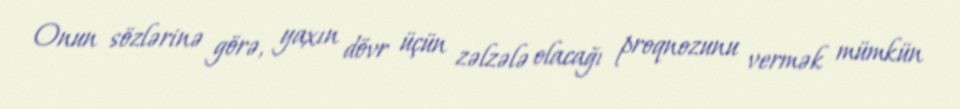
Onun sözlərinə görə, yaxın dövr üçün zəlzələ olacağı proqnozunu vermək mümkün